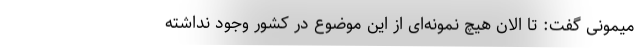
میمونی گفت: تا الان هیچ نمونه‌ای از این موضوع در کشور وجود نداشته